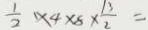
\frac { 1 } { 2 } \times 4 \times 8 \times \frac { 1 3 } { 2 } =